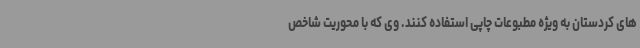
های کردستان به ویژه مطبوعات چاپی استفاده کنند. وی که با محوریت شاخص